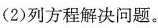
(2)列方程解决问题。